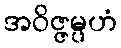
အဝိဇ္ဇမ္ပဟံ